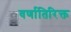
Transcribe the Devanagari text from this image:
वर्णातिरिक्त